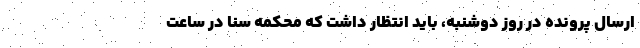
ارسال پرونده در روز دوشنبه، باید انتظار داشت که محکمه سنا در ساعت